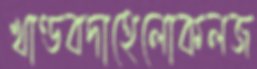
খাণ্ডবদাহেলোকলজ